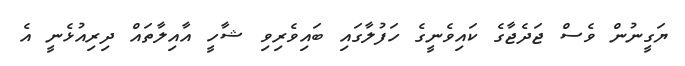
ޔަގީނުން ވެސް ޖަދެޖާގެ ކައިވެނީގެ ހަފުލާގައި ބައިވެރިވި ޝާހީ އާއިލާތައް ދިރިއުޅެނީ އެ